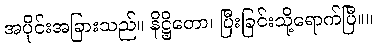
အပိုင်းအခြားသည်။ နိဋ္ဌိတော၊ ပြီးခြင်းသို့ရောက်ပြီ။။